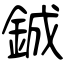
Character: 鋮